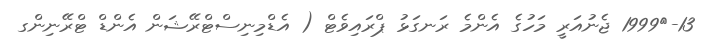
13-	1999 ޖެނުއަރީ މަހުގެ އެންމެ ރަނގަޅު ޕްރައިވެޓް ( އެޑްމިނިސްޓްރޭޝަން އެންޑް ޓްރޭނިންގ